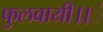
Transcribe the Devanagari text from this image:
फुलवायी।।ं